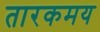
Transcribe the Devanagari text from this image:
तारकमय